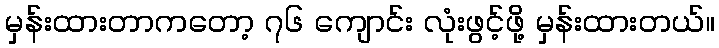
မှန်းထားတာကတော့ ၇၆ ကျောင်း လုံးဖွင့်ဖို့ မှန်းထားတယ်။